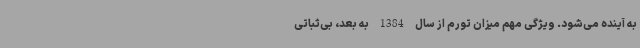
به آینده می‌شود. ویژگی مهم میزان تورم از سال 1384 به بعد، بی‌ثباتی